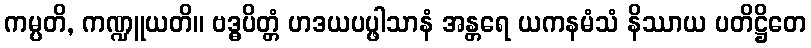
ကမ္ပတိ, ကဏ္ဍူယတိ။ ဗဒ္ဓပိတ္တံ ဟဒယပပ္ဖါသာနံ အန္တရေ ယကနမံသံ နိဿာယ ပတိဋ္ဌိတေ